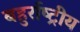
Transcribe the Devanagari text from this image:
बहुर्राष्ट्रीय